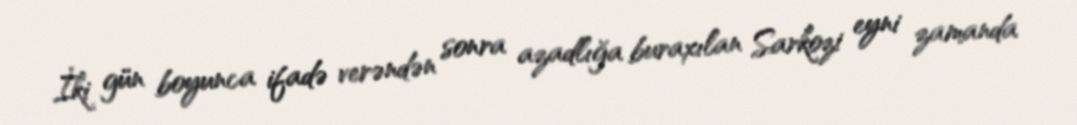
İki gün boyunca ifadə verəndən sonra azadlığa buraxılan Sarkozi eyni zamanda